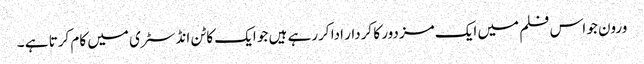
ورون جو اس فلم میں ایک مزدور کا کردار ادا کررہے ہیں جو ایک کاٹن انڈسٹری میں کام کرتا ہے ۔